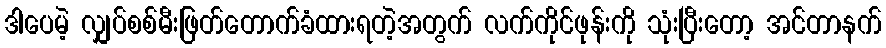
ဒါပေမဲ့ လျှပ်စစ်မီးဖြတ်တောက်ခံထားရတဲ့အတွက် လက်ကိုင်ဖုန်းကို သုံးပြီးတော့ အင်တာနက်